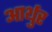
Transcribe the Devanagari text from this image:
आर्थुर